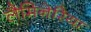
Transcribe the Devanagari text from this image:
लैमिनेरिया